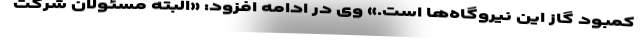
کمبود گاز این نیروگاه‌ها است.» وی در ادامه افزود: «البته مسئولان شرکت